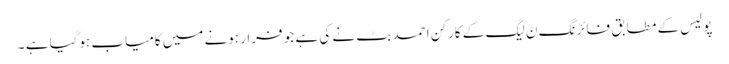
پولیس کے مطابق فائرنگ ن لیگ کے کارکن احمد بٹ نے کی ہے جو فرار ہونے میں کامیاب ہوگیا ہے ۔